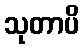
သုတာပိ